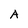
Character: A